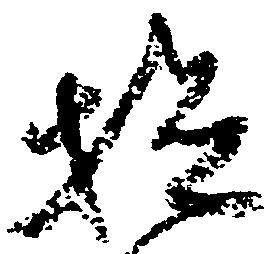
検